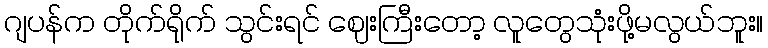
ဂျပန်က တိုက်ရိုက် သွင်းရင် ဈေးကြီးတော့ လူတွေသုံးဖို့မလွယ်ဘူး။